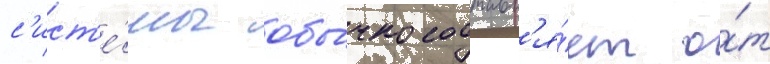
с'ист'е́мы обы́чно составл'я́ет о́т